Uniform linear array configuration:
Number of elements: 12
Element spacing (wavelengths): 0.5
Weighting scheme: hamming
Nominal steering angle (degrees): -30
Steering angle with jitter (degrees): -31.791
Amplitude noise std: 0.05
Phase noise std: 0.05

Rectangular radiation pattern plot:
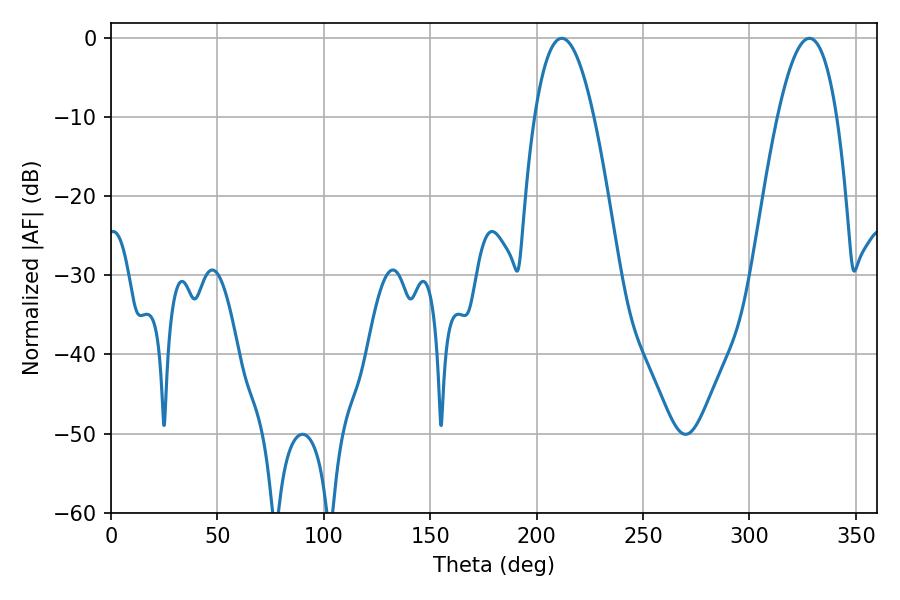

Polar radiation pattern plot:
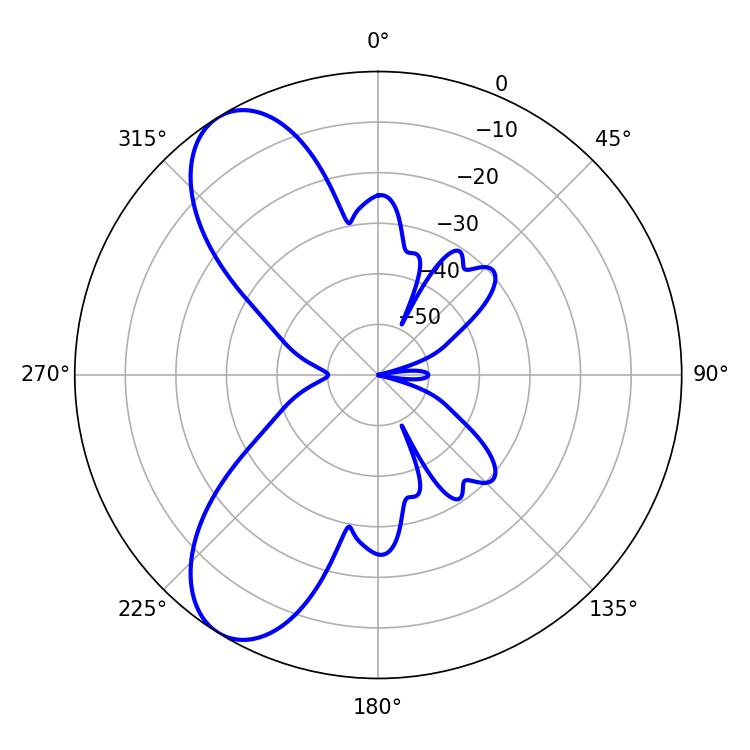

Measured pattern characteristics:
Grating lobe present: FALSE
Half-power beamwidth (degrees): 15.3
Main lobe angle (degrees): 211.86